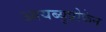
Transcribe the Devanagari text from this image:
आयब्युप्रोफेन